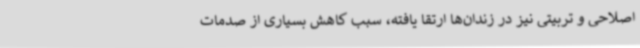
اصلاحی و تربیتی نیز در زندان‌ها ارتقا یافته، سبب کاهش بسیاری از صدمات